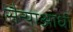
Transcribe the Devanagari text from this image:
सैन्याआधी